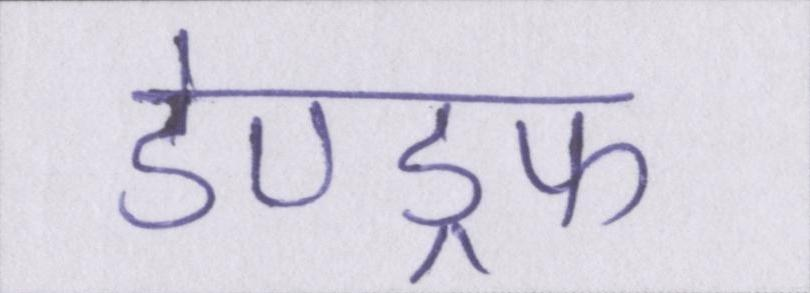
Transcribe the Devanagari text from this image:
डेण्ड्रफ